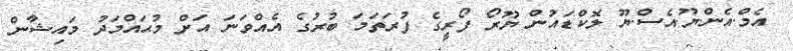
އެމް.އެން.ޔޫ.އެސް.ޔޫ ލޮކްޑައުން ޔޫރޯ ފޯރީގެ ފުރަތަމަ ބުރުގެ އެއްވަނަ އަށް މުޙައްމަދު މައިޝާން